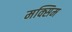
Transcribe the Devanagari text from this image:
मक्सिम